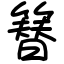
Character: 簮